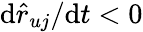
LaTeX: \mathrm{d}\hat{{r}}_{uj}/\mathrm{d}t<0